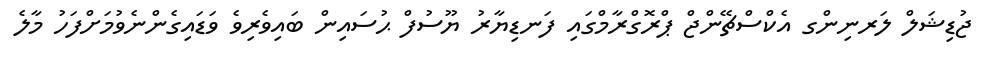
ޖުޑިޝަލް ލަރނިންގ އެކްސްޗޭންޖް ޕްރޮގްރާމްގައި ފަނޑިޔާރު ޔޫސުފް ޙުސައިން ބައިވެރިވެ ވަޑައިގެންނެވުމަށްފަހު މާލެ